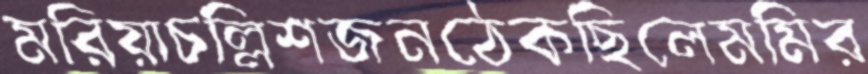
মরিয়াচল্লিশজনঠেকছিলেমমির